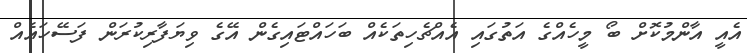
އެއީ އާންމުކޮށް ބޯ މީހެއްގެ އަތުގައި އެއްޗެހިތަކެއް ބަހައްޓައިގެން އޭގެ ވިޔަފާރިކުރަން ފަސޭހައެއް